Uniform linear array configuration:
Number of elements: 64
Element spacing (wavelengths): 0.25
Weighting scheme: hamming
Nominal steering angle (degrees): -30
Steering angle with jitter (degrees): -29.203
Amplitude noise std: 0.05
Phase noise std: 0.05

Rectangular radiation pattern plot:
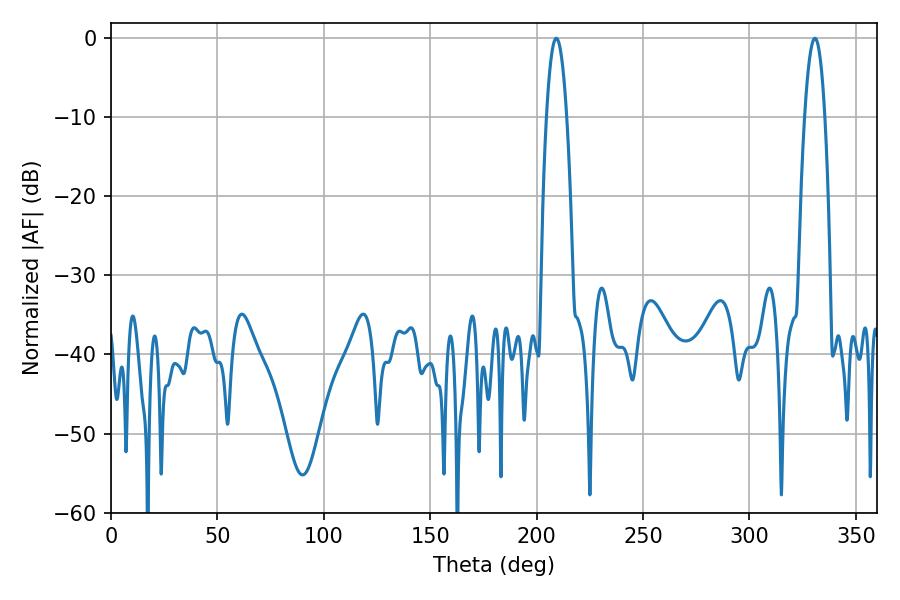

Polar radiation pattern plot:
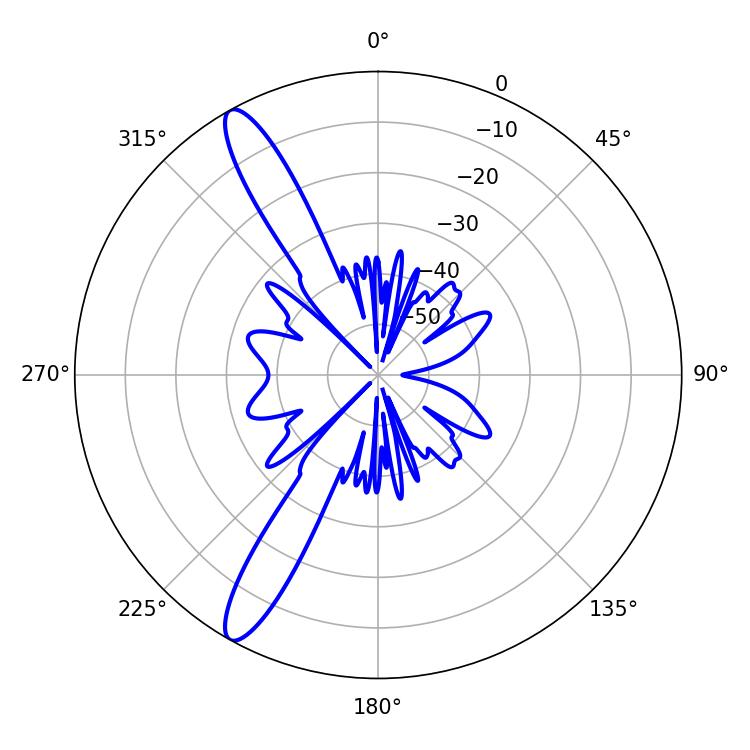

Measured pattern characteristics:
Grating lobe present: FALSE
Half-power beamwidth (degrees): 5.22
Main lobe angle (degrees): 209.16